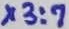
Text: X3:7